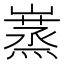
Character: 𡽮